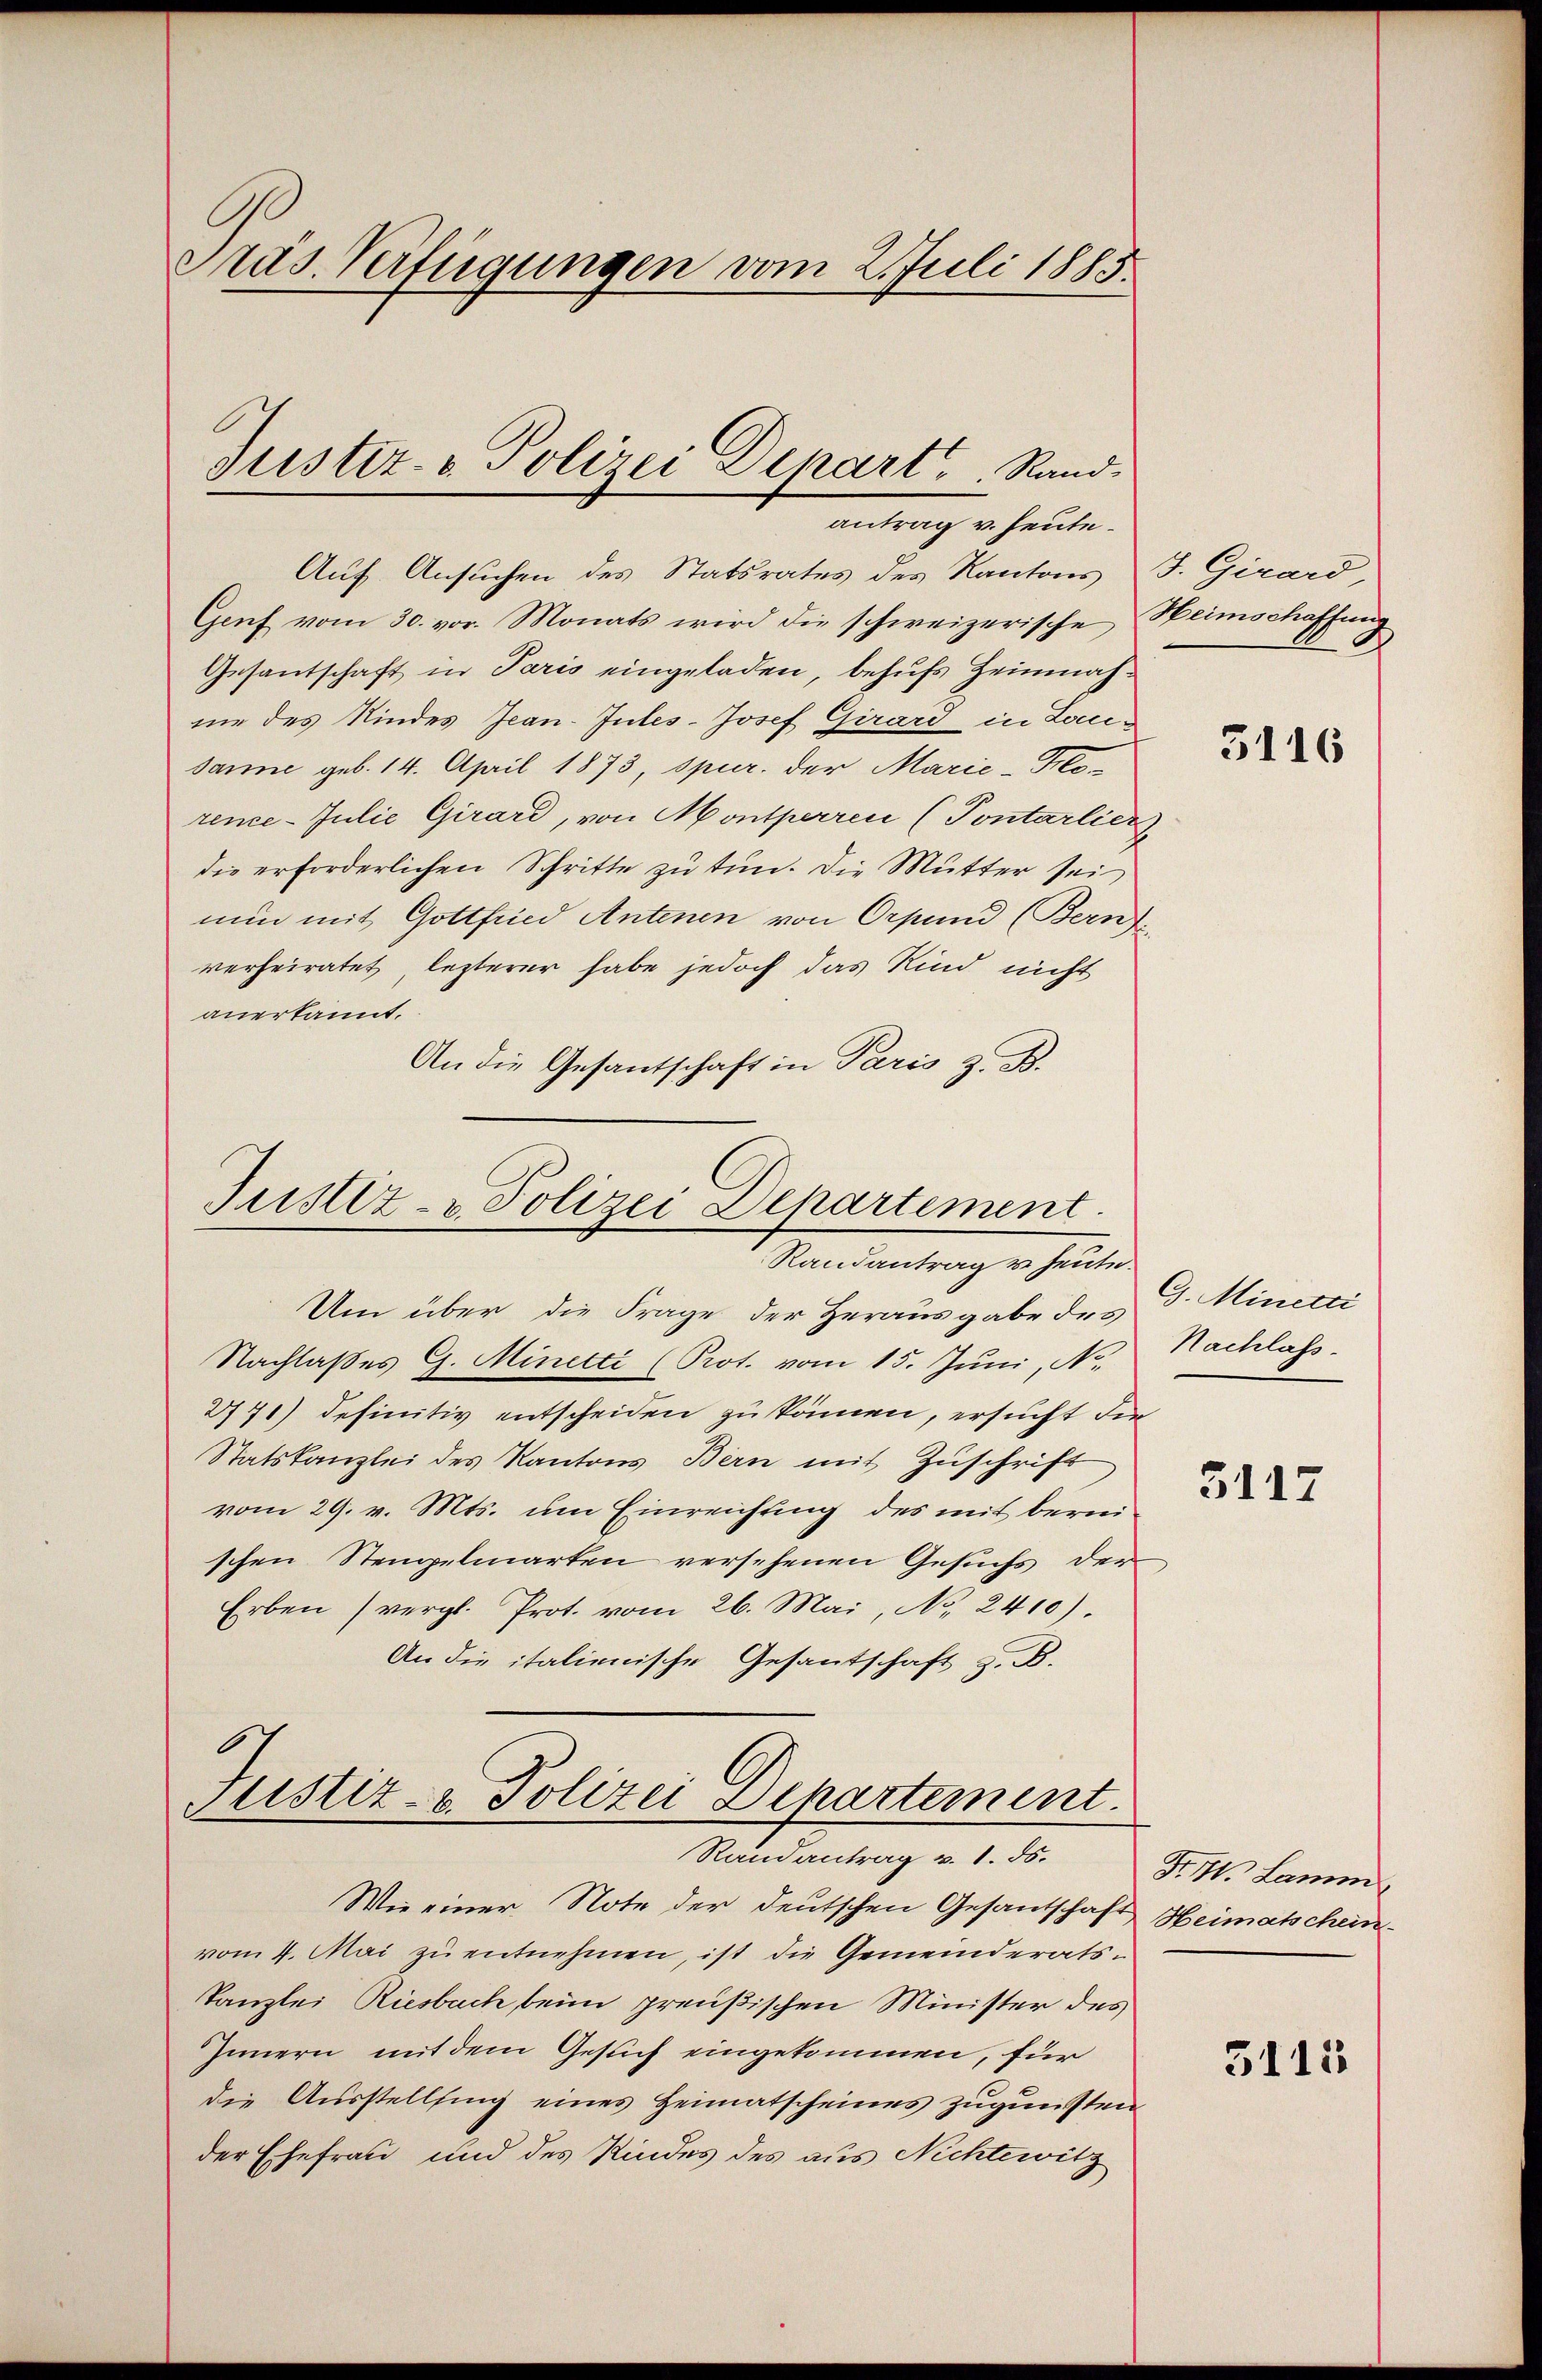
Pras. Verfügungen vom 2. Juli 1885.

Auf Ansuchen des Statsrates des Kantons J. Girard,
Genf vom 30. vor. Monats wird die schweizerische Heimschaffung
Gesantschaft in Paris eingeladen, behufs Heimnahnie des Kindes Jean-Jules-Josef Girard in Loucsanne geb. 14. April 1873, spur. der Marie-Klo-
rence-Julie Girard, von Monsperren (Pontarlier
die erforderlichen Schritte zu tun. Die Mutter sei
nun mit Gottfried Antenen von Orpund (Berns
verheiratet, lezterer habe jedoch das Kind nicht
anerkannt.
An die Gesantschaft in Paris z. B.

Justiz- & Polizei Depart Rand
antrag v. Heute.

Justiz- & Polizei Departement.
Randantrag u. heute.

Um über die Frage der Herausgabe des
Nachlaßes G. Minetti (Prot. vom 15. Juni, N
2771) definitiv entscheiden zu können, ersucht die
Statskanzlei des Kantons Bern mit Zŭschrift
vom 29. v. Mts. um Einreichung des mit bereischen Stempelmarten versehenen Gesuchs der
Erben (vergl. Prot. vom 26. Mai, No. 2410).
An die italienische Gesantschaft z. B.

Justiz- & Polizei Departement.
Randantrag v. 1. ds. Fr. 71. Lamm

Wie einer Note der deutschen Gesantschaft Heimatschein
vom 4. Mai zŭ entnehmen, ist die Gemeinderats¬
Kanzlei Riesbach beim preußischen Minister des
Innern mit dem Gesuch eingekommen, für
die Ausstellung eines Heimatscheines zugunstrader Ehefrau und des Kindes des aus Nichtewitz

3116

G. Minecti
Nachlass

3117

5111